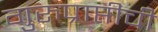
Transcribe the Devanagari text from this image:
गुरुप्राप्तीची